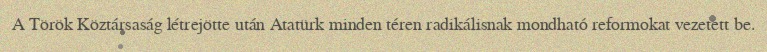
A Török Köztársaság létrejötte után Atatürk minden téren radikálisnak mondható reformokat vezetett be.